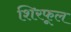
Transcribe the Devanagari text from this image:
शिरफूल